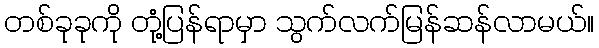
တစ်ခုခုကို တုံ့ပြန်ရာမှာ သွက်လက်မြန်ဆန်လာမယ်။